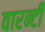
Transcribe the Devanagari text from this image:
वारन्टी